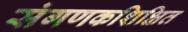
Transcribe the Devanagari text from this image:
संगणकशिक्षित